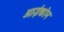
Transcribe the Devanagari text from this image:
आईकोन